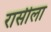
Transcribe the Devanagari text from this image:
रासीला